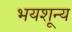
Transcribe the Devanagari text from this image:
भयशून्य